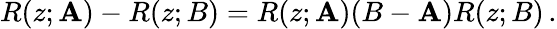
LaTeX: R(z;\mathbf{A})-R(z;B)=R(z;\mathbf{A})(B-\mathbf{A})R(z;B)\, .